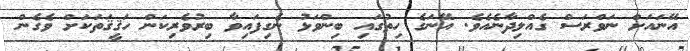
އޭނައަށް ނަވްރަސް ގެއްލިދާނެއެވެ. އޭނަގެ ހިތުގައި ބިންވަޅު ނެގިފައިވާ ބިރުވެރިކަން ހަޤީޤަތަކަށް ވެގެން